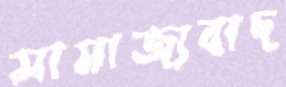
সামাজ্যবাদ